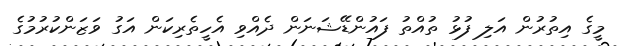
މީގެ އިތުރުން އަލި ފުޅު ތުއްތު ފައުންޑޭޝަނަން ދެއްވި އެހީތެރިކަން އަގު ވަޒަންކުރުމުގެ